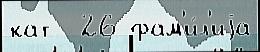
кат  26 фам'и́л'иjа